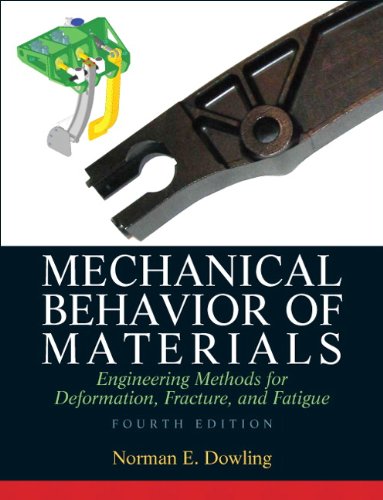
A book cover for Mechanical Behavior of Materials (4th Edition); Norman E. Dowling; Engineering & Transportation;